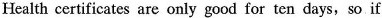
Health certificates are only good for ten days,so if